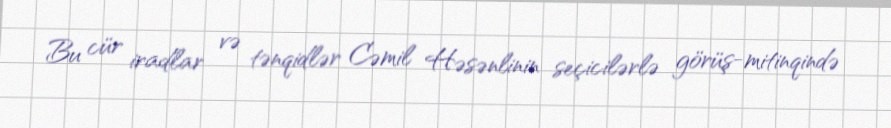
Bu cür iradlar və tənqidlər Cəmil Həsənlinin seçicilərlə görüş-mitinqində